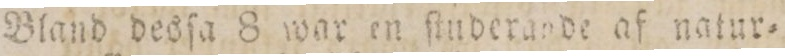
Bland desſa 8 war en ſinderande af natur=